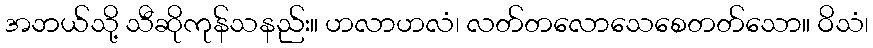
အဘယ်သို့ သီဆိုကုန်သနည်း။ ဟလာဟလံ၊ လတ်တလောသေစေတတ်သော။ ဝိသံ၊